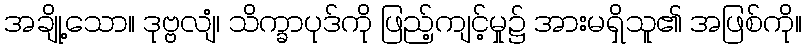
အချို့သော။ ဒုဗ္ဗလျံ၊ သိက္ခာပုဒ်ကို ဖြည့်ကျင့်မှု၌ အားမရှိသူ၏ အဖြစ်ကို။